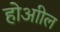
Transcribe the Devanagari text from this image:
होआील